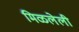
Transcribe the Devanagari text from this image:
मिळलेली